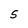
Character: S